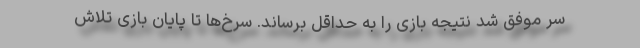
سر موفق شد نتیجه بازی را به حداقل برساند. سرخ‌ها تا پایان بازی تلاش